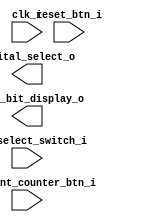
module seven_segment_display_counter (
  
  input wire                    clk_i,                          // input clock
  input wire                    reset_btn_i,                    // input pushbutton for active HIGH reset (Note, not active LOW)
  input wire                    increment_counter_btn_i,        // input push button for counter increment
  input wire                    mode_select_switch_i,           // mode select switch

  output wire [3:0]             digital_select_o,               // 4 bit digital select output for 7 segment displays
  output wire [6:0]             seven_bit_display_o             // 7 bit encoded digital display value

);

// Your lab2 part-2 code comes here


endmodule